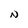
Character: N